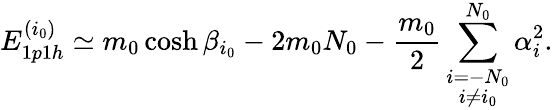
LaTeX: E_{1p1h}^{(i_{0})}\simeq m_{0}\cosh\beta_{i_{0}}-2m_{0}N_{0}-\frac{m_{0}}{2}\sum_{\stackrel{\scriptstyle i=-N_{0}}{i\not=i_{0}}}^{N_{0}}\alpha_{i}^{2}.